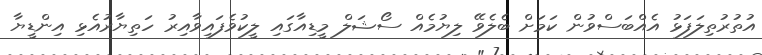
އުތުރުތިލަފަޅު އެއްބަސްވުން ކަމަށް ބެލެވޭ ލިޔުމެއް ސޯޝަލް މީޑިއާގައި ލީކުވެފައިވާއިރު ހަތިޔާރުއެޅި އިންޑީޔާ